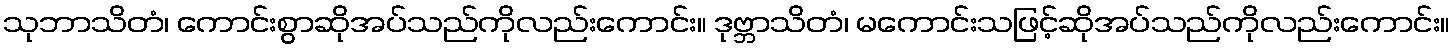
သုဘာသိတံ၊ ကောင်းစွာဆိုအပ်သည်ကိုလည်းကောင်း။ ဒုဗ္ဘာသိတံ၊ မကောင်းသဖြင့်ဆိုအပ်သည်ကိုလည်းကောင်း။